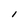
Character: l